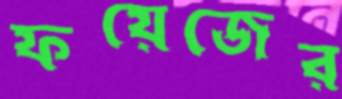
ফয়েজের